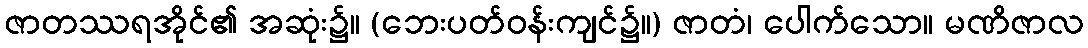
ဇာတဿရအိုင်၏ အဆုံး၌။ (ဘေးပတ်ဝန်းကျင်၌။) ဇာတံ၊ ပေါက်သော။ မဏိဇာလ